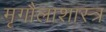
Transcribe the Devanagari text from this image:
मृगौलाशास्त्र